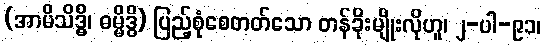
(အာမိသိဒ္ဓိ၊ ဓမ္မိဒ္ဓိ) ပြည့်စုံစေတတ်သော တန်ခိုးမျိုးလိုဟူ၊ ၂-ပါ-၉၁၊